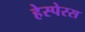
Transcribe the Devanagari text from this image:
हेस्पेरस